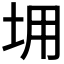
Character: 𡊤